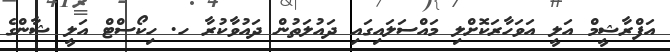
އަފްރާޝީމް އަލީ އަވަހާރަކޮށްލި މައްސަލައިގައި ދައުލަތުން ދައުވާކުރާ ހ. ހިކޯސްޓް އަލީ ޝާންގެ